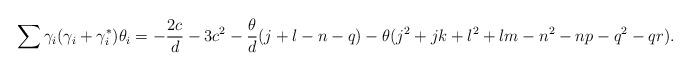
LaTeX: \begin{align*}\sum{\gamma_i(\gamma_i + \gamma_i^*)\theta_i} = -\frac{2c}{d} - 3c^2 - \frac{\theta}{d}(j + l - n - q) - \theta (j^2 + jk + l^2 + lm - n^2 - np - q^2 - qr). \end{align*}